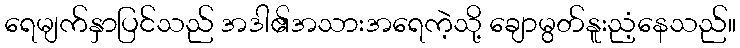
ရေမျက်နှာပြင်သည် အဒါ၏အသားအရေကဲ့သို့ ချောမွတ်နူးညံ့နေသည်။